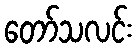
တော်သလင်း